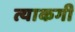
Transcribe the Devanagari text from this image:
त्याकगी